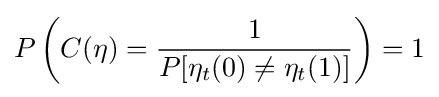
P\left(C(\eta )={\frac {1}{P[\eta _{t}(0)\neq \eta _{t}(1)]}}\right)=1